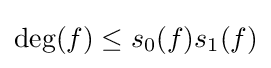
\deg(f)\leq s_{0}(f)s_{1}(f)